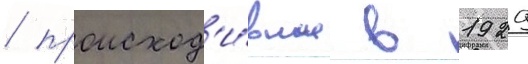
/ происход'и́вшие в 1929